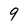
Character: 9